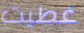
غطيت